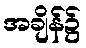
အချိန်၌